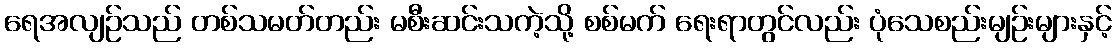
ရေအလျဉ်သည် တစ်သမတ်တည်း မစီးဆင်းသကဲ့သို့ စစ်မက် ရေးရာတွင်လည်း ပုံသေစည်းမျဉ်းများနှင့်